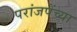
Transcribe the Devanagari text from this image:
परांजपेंच्या